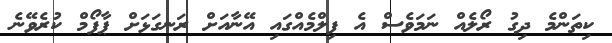
ކިތަންމެ ދިގު ރޯލެއް ނަމަވެސް އެ ފިލްމެއްގައި އޭނާއަށް ރަނގަޅަށް ޕާފޯމް ކުރެވޭނެ